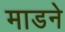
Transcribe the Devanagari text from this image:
माडने